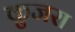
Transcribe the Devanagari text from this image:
कुजरा